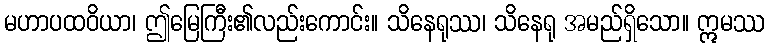
မဟာပထဝိယာ၊ ဤမြေကြီး၏လည်းကောင်း။ သိနေရုဿ၊ သိနေရု အမည်ရှိသော။ ဣမဿ